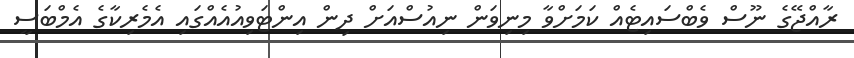
ރާއްޖޭގެ ނޫސް ވެބްސައިޓެއް ކަމަށްވާ މިނިވަން ނިއުސްއަށް ދިން އިންޓަވިއުއެއްގައި އެމެރިކާގެ އެމްބަސީ